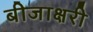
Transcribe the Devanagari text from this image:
बीजाक्षरी